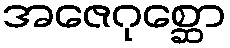
အဇေဂုစ္ဆော